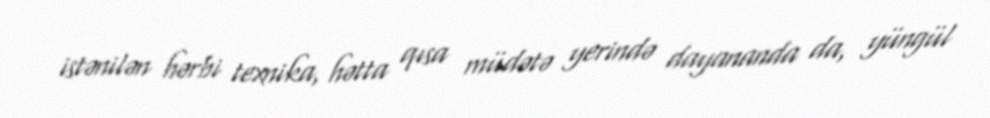
istənilən hərbi texnika, hətta qısa müdətə yerində dayananda da, yüngül